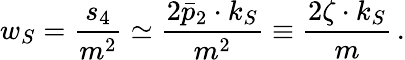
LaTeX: w_{S}={\frac{s_{4}}{m^{2}}}\simeq{\frac{2\bar{p}_{2}\cdot k_{S}}{m^{2}}}\equiv{\frac{2\zeta\cdot k_{S}}{m}}\, .